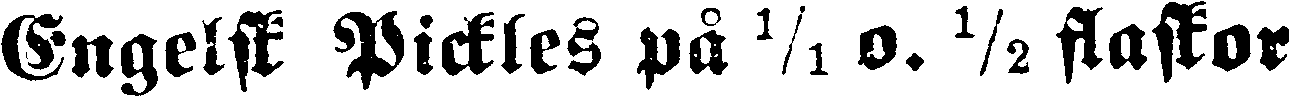
Engelsk Pickles på ⅟₁ o. ½ flaskor